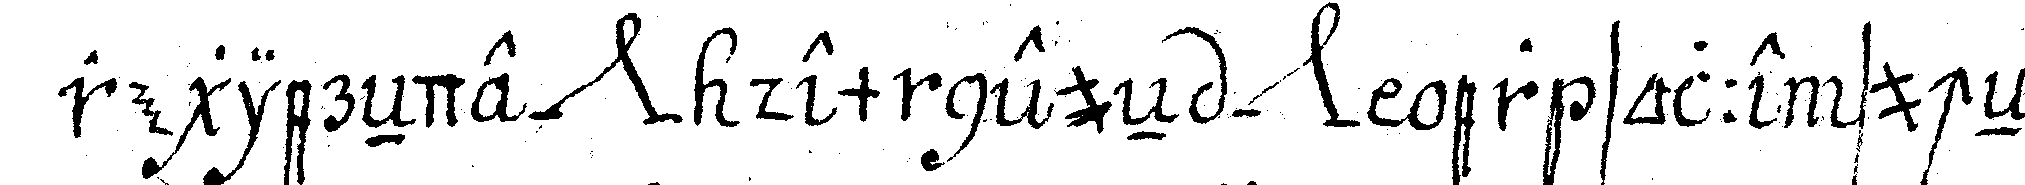
regiereNde *nee* dem neueN *nee*  er solle sucheN